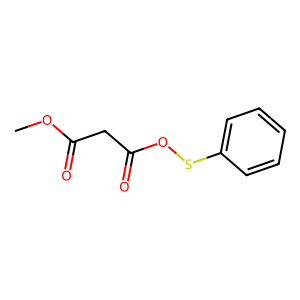
SMILES: COC(=O)CC(=O)OSc1ccccc1
Inhibits HIV replication: No